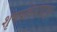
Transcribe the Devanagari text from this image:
शृंगप्रथिनांपासून